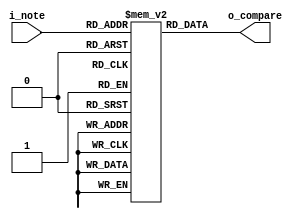
`default_nettype none

module note_table #(
  parameter FILE = ""
) (
  input wire  [5:0]   i_note,
  output wire [31:0]  o_compare
);
  
  // phase delta = (FREQ_HZ / SAMPLE_HZ) * 2^32;
  reg [31:0] note_table[63:0];
  initial begin
    if (FILE != 0) begin
      $display("Note table file file '%s'.", FILE);
      $readmemh(FILE, note_table);
    end
  end
  assign o_compare = note_table[i_note];
endmodule